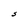
Character: S